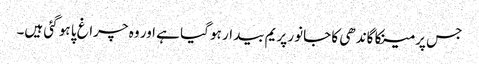
جس پر مینکا گاندھی کا جانور پریم بیدار ہو گیا ہے اور وہ چراغ پا ہو گئی ہیں۔